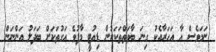
ނަމަވެސް އާ އަހަރާއެކު ގިނަ ބާވަތްތަކަކުން ޑިއުޓީ މާފުވެ އަގުތަކަށް ބަދަލު އަންނަން